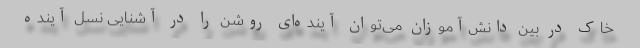
خاک در بین دانش‌آموزان می‌توان آینده‌ای روشن را در آشنایی نسل آینده